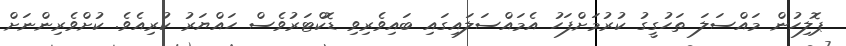
ޕޮލިހުން މައްސަލަ ތަހުގީގު ކުރުމަށްފަހު އެމައްސަލައިގައި ބައިވެރިވި ޑޮކްޓަރުވެސް ހައްޔަރު ކުރިއެވެ. ކުށްވެރިންނަށް